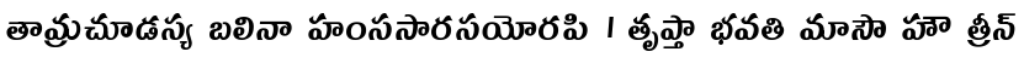
తామ్రచూడస్య బలినా హంససారసయోరపి । తృప్తా భవతి మాసౌ హౌ త్రీన్